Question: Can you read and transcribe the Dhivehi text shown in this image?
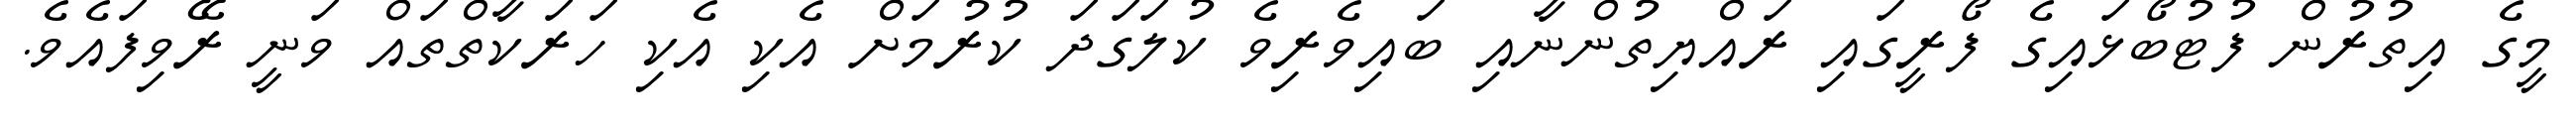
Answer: މީގެ އިތުރުން ފުޓުބޯޅައިގެ ފޯރީގައި ރައްޔިތުންނާއި ބައިވެރިވެ ކުލަގަދަ ކުރުމަށް އެކި އެކި ހަރަކާތްތައް ވަނީ ރޭވިފައެވެ.